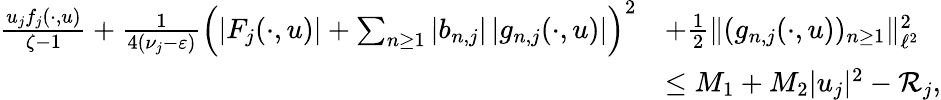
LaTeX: \begin{array}{rl}{\frac{u_{j}f_{j}(\cdot,u)}{\zeta-1}+\frac{1}{4(\nu_{j}-\varepsilon)}\Big(|F_{j}(\cdot,u)|+\sum_{n\geq 1}|b_{n,j}|\, |g_{n,j}(\cdot,u)|\Big)^{2}}&{+\frac 12\| (g_{n,j}(\cdot,u))_{n\geq 1}\| _{\ell^{2}}^{2}}\\ &{\leq M_{1}+M_{2}|u_{j}|^{2}-\mathcal{R}_{j},}\end{array}